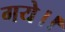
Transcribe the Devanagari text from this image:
गये।।